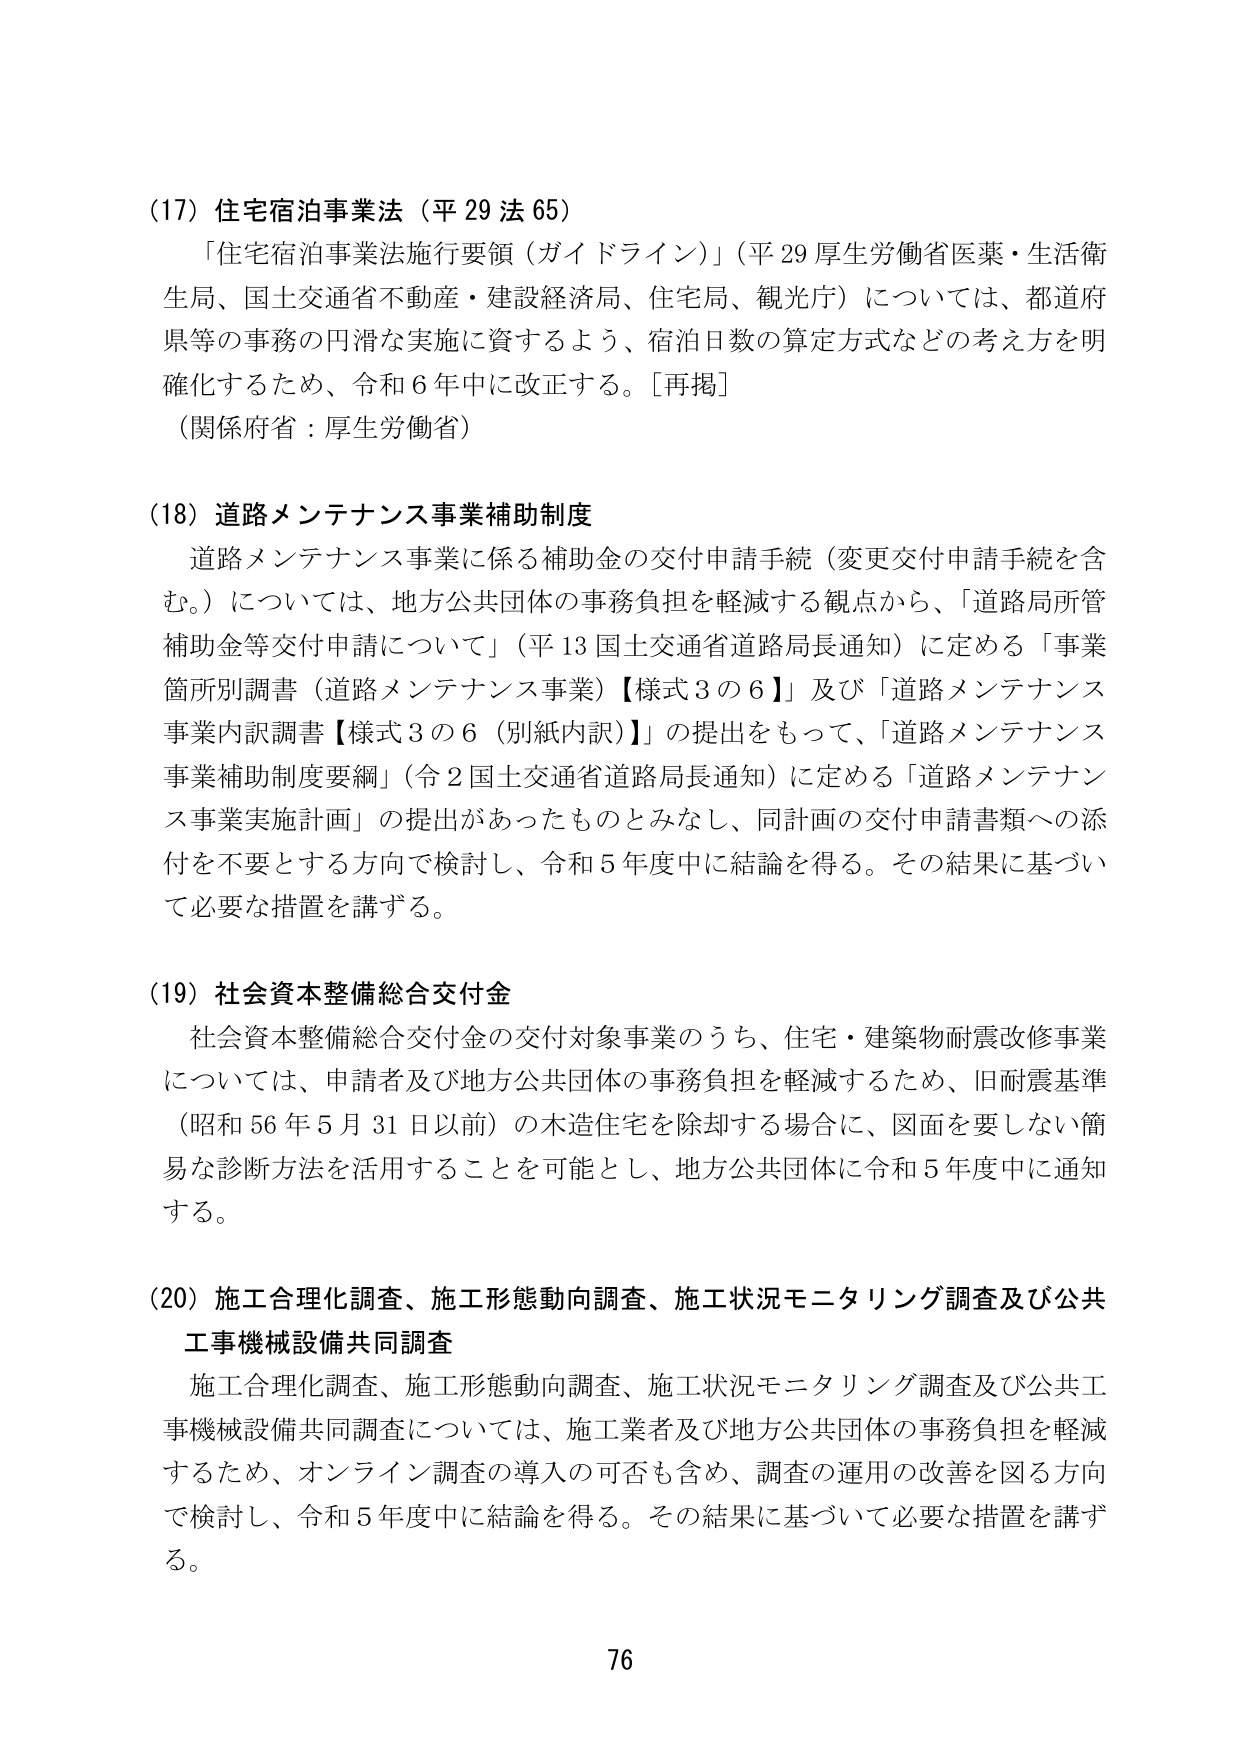
(17) 住宅宿泊事業法（平29法65）
「住宅宿泊事業法施行要領（ガイドライン）」（平29厚生労働省医薬・生活衛生局、国土交通省不動産・建設経済局、住宅局、観光庁）については、都道府県等の事務の円滑な実施に資するよう、宿泊日数の算定方式などの考え方を明確化するため、令和6年中に改正する。[再掲]
（関係府省：厚生労働省）

(18) 道路メンテナンス事業補助制度
道路メンテナンス事業に係る補助金の交付申請手続（変更交付申請手続を含む。）については、地方公共団体の事務負担を軽減する観点から、「道路局所管補助金等交付申請について」（平13国土交通省道路局長通知）に定める「事業箇所別調書（道路メンテナンス事業）【様式3の6】」及び「道路メンテナンス事業内訳調書【様式3の6（別紙内訳）】」の提出をもって、「道路メンテナンス事業補助制度要綱」（令2国土交通省道路局長通知）に定める「道路メンテナンス事業実施計画」の提出があったものとみなし、同計画の交付申請書類への添付を不要とする方向で検討し、令和5年度中に結論を得る。その結果に基づいて必要な措置を講ずる。

(19) 社会資本整備総合交付金
社会資本整備総合交付金の交付対象事業のうち、住宅・建築物耐震改修事業については、申請者及び地方公共団体の事務負担を軽減するため、旧耐震基準（昭和56年5月31日以前）の木造住宅を除却する場合に、図面を要しない簡易な診断方法を活用することを可能とし、地方公共団体に令和5年度中に通知する。

(20) 施工合理化調査、施工形態動向調査、施工状況モニタリング調査及び公共工事機械設備共同調査
施工合理化調査、施工形態動向調査、施工状況モニタリング調査及び公共工事機械設備共同調査については、施工業者及び地方公共団体の事務負担を軽減するため、オンライン調査の導入の可否も含め、調査の運用の改善を図る方向で検討し、令和5年度中に結論を得る。その結果に基づいて必要な措置を講ずる。

76